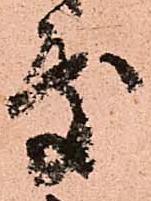
處